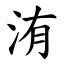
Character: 洧